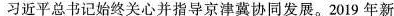
习近平总书记始终关心并指导京津冀协同发展。2019年新